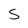
Character: 5